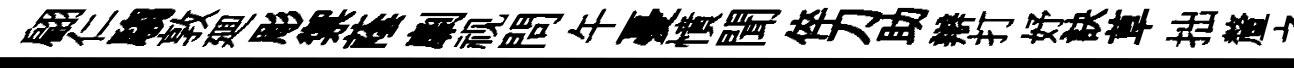
翩仁騶敦廽彫禦蔭劘视問午憂憤聞倅刀助辯打妤訣草拙釐之